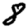
Digit: 8